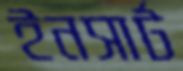
ইনসার্ট